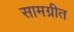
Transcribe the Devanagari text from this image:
सामग्रीत